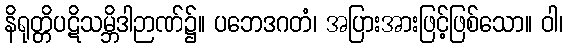
နိရုတ္တိပဋိသမ္ဘိဒါဉာဏ်၌။ ပဘေဒဂတံ၊ အပြားအားဖြင့်ဖြစ်သော။ ဝါ၊